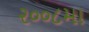
૨૦૦૮મા